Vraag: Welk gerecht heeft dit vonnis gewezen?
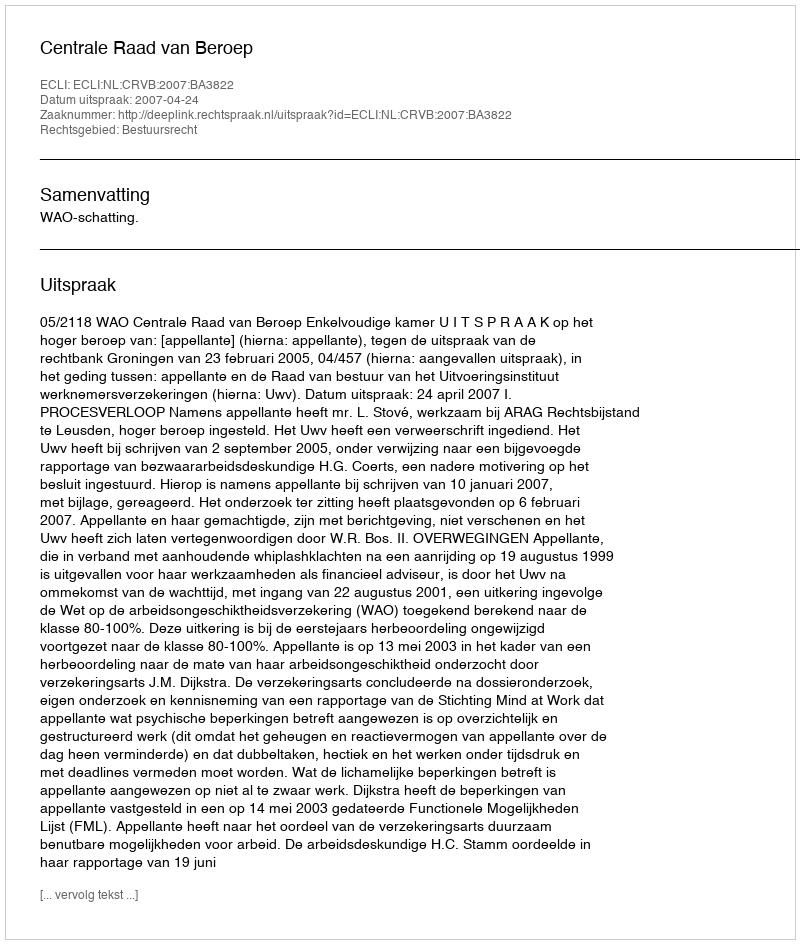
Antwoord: Centrale Raad van Beroep